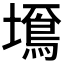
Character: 𡒚